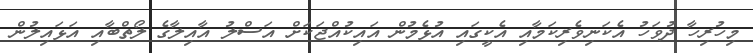
މިހުރިހާ ދުވަހު އެކަނިވެރިކަމާއި އެކީގައި އުޅެމުން އައިކުއްޖަކަށް އަސްލު އާއިލާގެ ލޯތްބާއި އަޅައިލުން